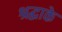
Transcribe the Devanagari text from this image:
श्रद्धाके